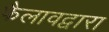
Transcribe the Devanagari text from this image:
फैलावद्वारा